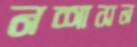
নশাসন